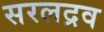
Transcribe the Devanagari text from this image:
सरलद्रव